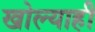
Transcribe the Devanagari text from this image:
खोल्याही